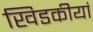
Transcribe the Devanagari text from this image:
खिडकीयां